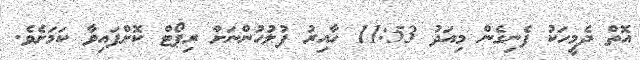
އޮތް ދެމީހަކު ފެނިގެން މިއަދު 11:53 ހާއިރު ފުލުހުންނަށް ރިޕޯޓް ކޮށްފައިވާ ކަމަށެވެ.